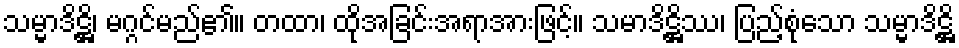
သမ္မာဒိဋ္ဌိ၊ မဂ္ဂင်မည်၏။ တထာ၊ ထိုအခြင်းအရာအားဖြင့်။ သမာဒိဋ္ဌိဿ၊ ပြည့်စုံသော သမ္မာဒိဋ္ဌိ